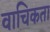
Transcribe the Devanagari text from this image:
वाचिकता